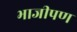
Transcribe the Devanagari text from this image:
भाजीपण